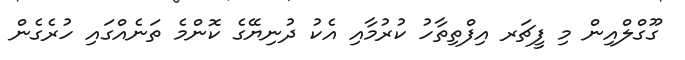
ގޫގްލްއިން މި ފީޗަރ އިފްތިތާހު ކުރުމާއި އެކު ދުނިޔޭގެ ކޮންމެ ތަނެއްގައި ހުރެގެން